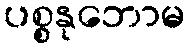
ပစ္စနုဘောမ